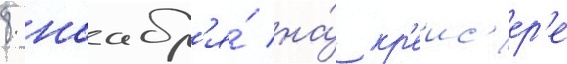
8 ноабр'я́ на́ кр'еис'ер'е